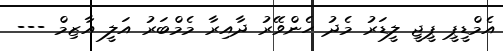
އެމްޑީޕީ ޕީޖީ ލީޑަރު މެދު ހެންވޭރު ދާއިރާ މެމްބަރު އަލީ އާޒިމް ---